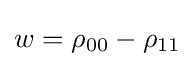
w=\rho _{00}-\rho _{11}